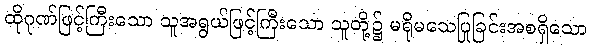
ထိုဂုဏ်ဖြင့်ကြီးသော သူအရွယ်ဖြင့်ကြီးသော သူတို့၌ မရိုမသေပြုခြင်းအစရှိသော